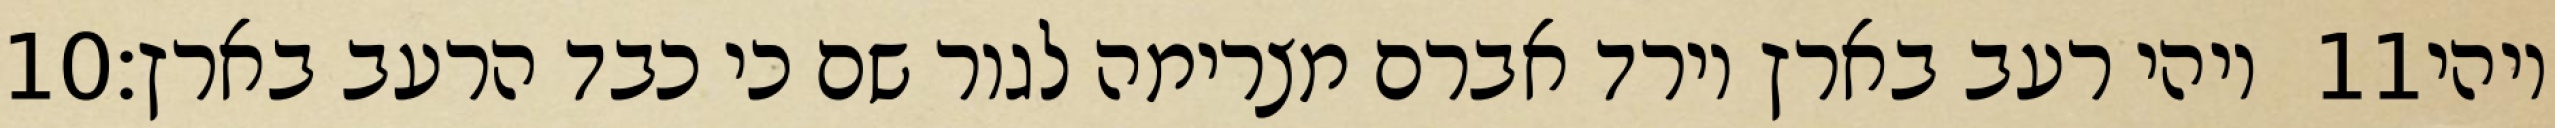
‎10‏ ויהי רעב בארץ וירד אברם מצרימה לגור שם כי כבד הרעב בארץ׃ ‎11‏ ויהי